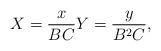
LaTeX: \begin{align*} X = \frac{x}{BC} Y = \frac{y}{B^2C},\end{align*}